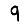
Digit: 9